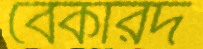
বেকারদ